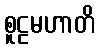
စူဠမဟာတိ